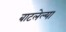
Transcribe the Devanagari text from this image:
बाटलेल्या